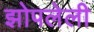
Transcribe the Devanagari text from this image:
झोपलेली